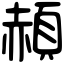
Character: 頳